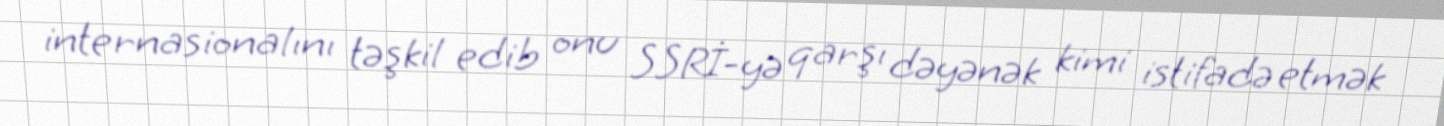
internasionalını təşkil edib onu SSRİ-yə qarşı dəyənək kimi istifadə etmək